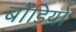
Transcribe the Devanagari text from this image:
बोड़ियों